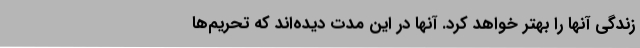
زندگی آنها را بهتر خواهد کرد. آنها در این مدت دیده‌اند که تحریم‌ها